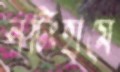
নটিংহামে